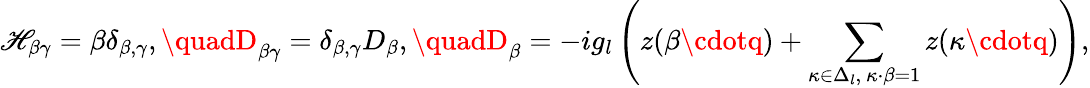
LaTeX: \mathscr{H}_{\beta\gamma}=\beta\delta_{\beta,\gamma},\quadD_{\beta\gamma}=\delta_{\beta,\gamma}D_{\beta},\quadD_{\beta}=-ig_{l}\left(z(\beta\cdotq)+\sum_{\kappa\in\Delta_{l},\ \kappa\cdot\beta=1}z(\kappa\cdotq)\right),